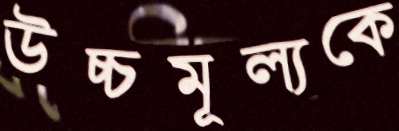
উচ্চমূল্যকে